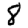
Digit: 8